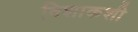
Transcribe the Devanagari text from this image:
विशाकशी